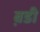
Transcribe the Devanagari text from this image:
ब़डी